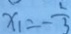
x _ { 1 } = - \frac { 1 } { 3 }